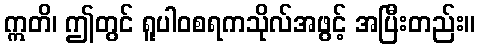
ဣတိ၊ ဤတွင် ရူပါဝစရကသိုလ်အဖွင့် အပြီးတည်း။